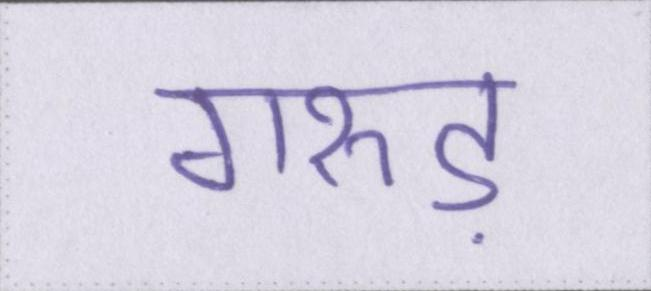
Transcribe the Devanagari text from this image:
गरुड़